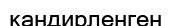
кандирленген